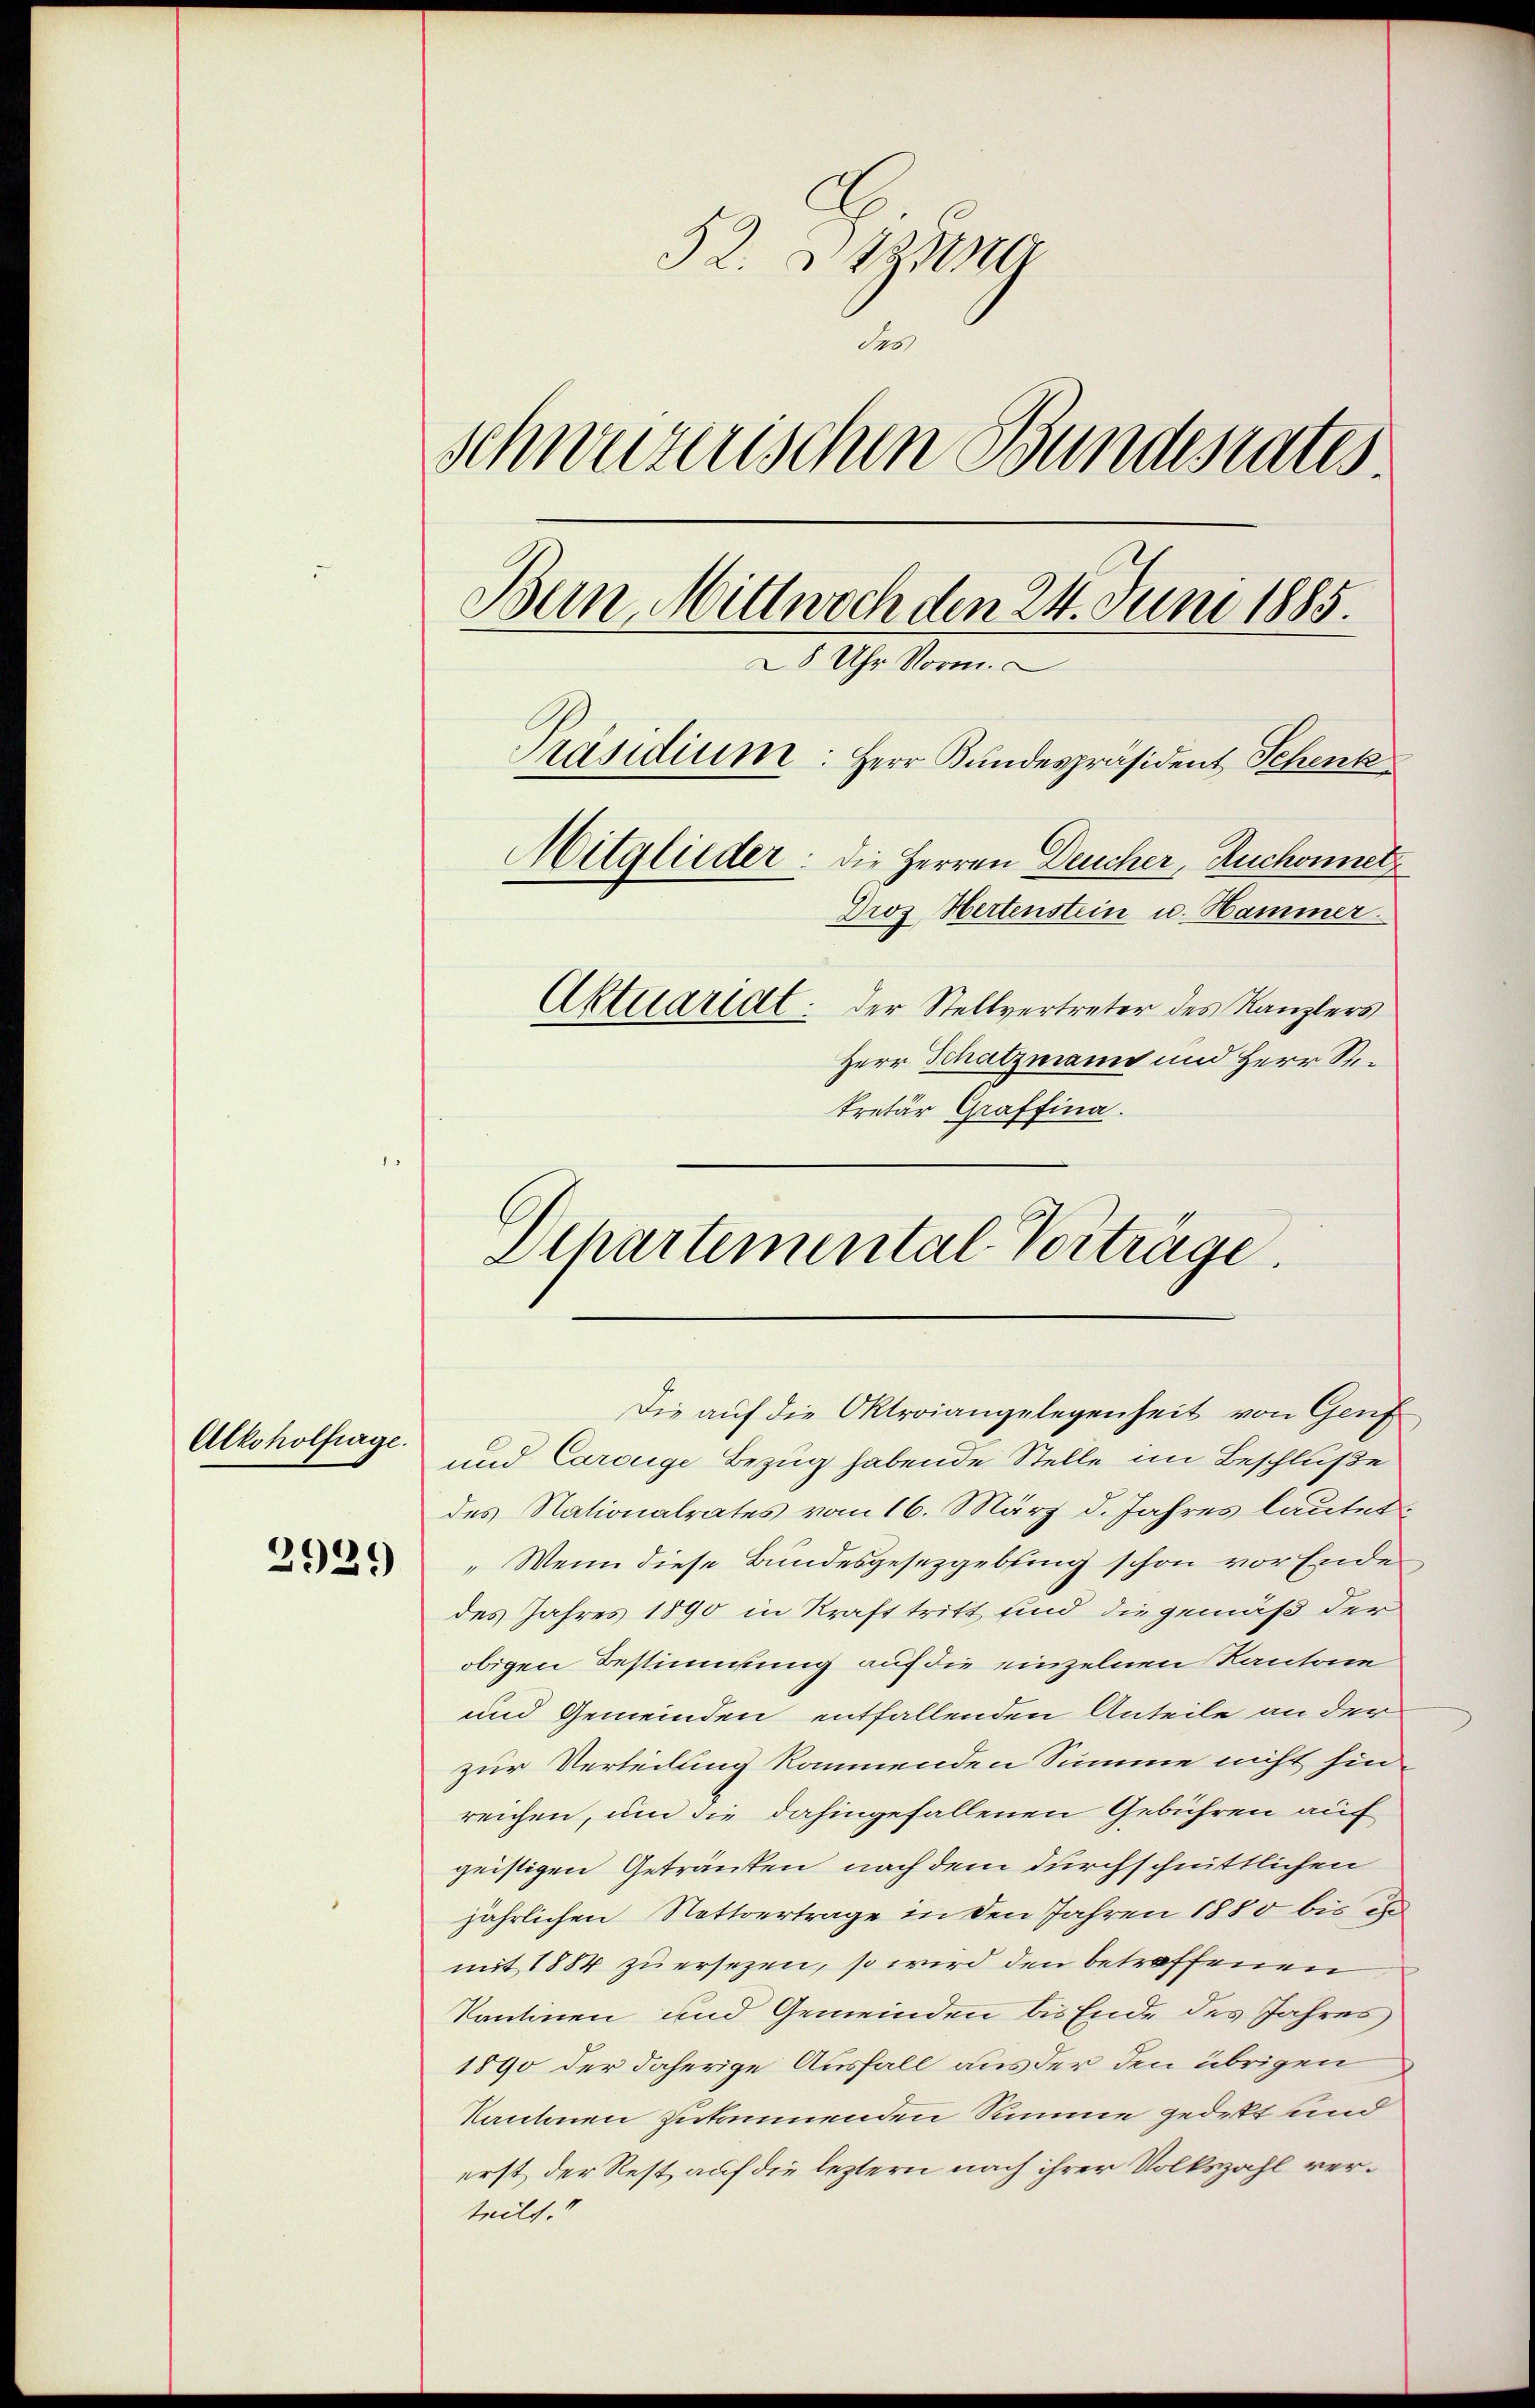
Alkoholfürge

52. Bezug
des
Schweizerischen Bundesrates.
Ben Mittwoch den 24. Juni 1885.
28 Uhr Vorm.
Präsidium: Herr Kundespräsident Schenk
Mitglieder: die Herren Deucher, Ruchonnetz
Droz Hertenstein u. Hammer.
Aktuariat der Stellvertreter des Kanzlers
Herr Schatzmann und Herr Rekretär Graffina.

Departemental-Vorträge.

Die auf die Oktroiangelegenheit von Genf

und Carouge Bezug habende Stelle im Beschluße
des Nationalrates vom 16. März d. Jahres lautet.
" Wenn diese Bundesgesetzgebung schon vor Ende
des Jahres 1890 in Kraft tritt sind die gemäß der
obigen Bestimmung auf die einzelnen Kantone
und Gemeinden entfallenden Anteile an der
zur Verteilung kommenden Summe nicht hin-
reichen, um die dahingefallenen Gebühren auf
geistigen Getränkten nach dem durchschnittlichen
jährlichen Nottvertrage in den Jahren 1880 bis es
mit 1884 zu ersezen, so wird den betreffenen
Kantinen und Gemeinden bis Ende des Jahres
1890 der daherige Ausfall aus der den übrigen
Kantonen zukommenden Summe gedeckt und
erst der Rest auf die leztern nach ihrer Volkszahl verteilt.